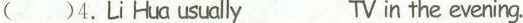
( )4.LiHun usually____TV in the evering